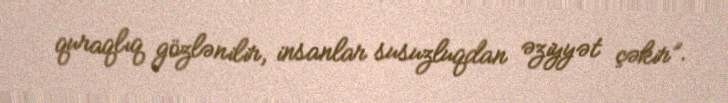
quraqlıq gözlənilir, insanlar susuzluqdan əziyyət çəkir”.